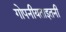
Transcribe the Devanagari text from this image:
गोपनीयताइतनी